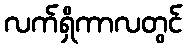
လက်ရှိကာလတွင်